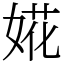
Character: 婲